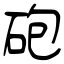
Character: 砲